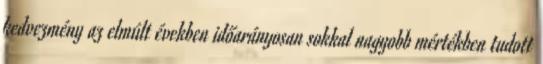
kedvezmény az elmúlt években időarányosan sokkal nagyobb mértékben tudott